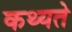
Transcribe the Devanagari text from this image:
कथ्यते